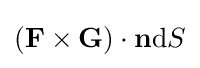
(\mathbf {F} \times \mathbf {G} )\cdot \mathbf {n} \mathrm {d} S